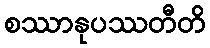
စဿာနုပဿတီတိ